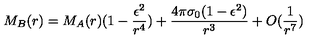
M _ { B } ( r ) = M _ { A } ( r ) ( 1 - \frac { \epsilon ^ { 2 } } { r ^ { 4 } } ) + \frac { 4 \pi \sigma _ { 0 } ( 1 - \epsilon ^ { 2 } ) } { r ^ { 3 } } + O ( \frac { 1 } { r ^ { 7 } } )